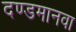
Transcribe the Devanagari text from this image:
दण्डमानवा